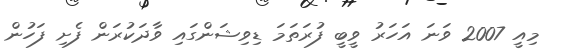
މިއީ 2007 ވަނަ އަހަރު ވީބީ ފުރަތަމަ ޑިވިޝަންގައި ވާދަކުރަން ފެށި ފަހުން